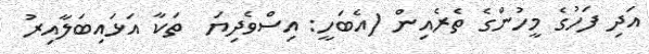
އަދި ފަހުގެ މީހުންގެ ތެރެއިން (އެބަހީ: އިސްވެދިޔަ  ތަކާ އަޅައިބަލާއިރު